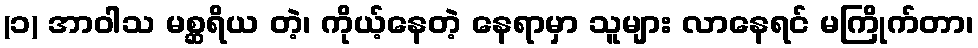
(၁) အာဝါသ မစ္ဆရိယ တဲ့၊ ကိုယ့်နေတဲ့ နေရာမှာ သူများ လာနေရင် မကြိုက်တာ၊